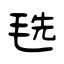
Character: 毨